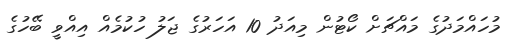
މުހައްމަދުގެ މައްޗަށް ކޯޓުން މިއަދު 10 އަހަރުގެ ޖަލު ހުކުމެއް އިއްވީ ބޭހުގެ